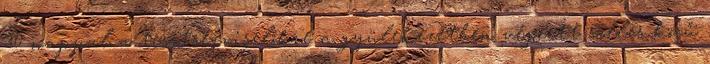
30 nappal a tisztségviselőkre a gyülekezetben végzett széles körű